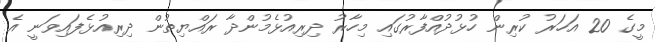
މީގެ 20 އަހަރު ކުރިން ހުޅުދުއްފާރުގައި މިހާރު ދިރިއުޅެމުންދާ ރައްޔިތުން ދިރިއުޅެފައިވަނީ އެ